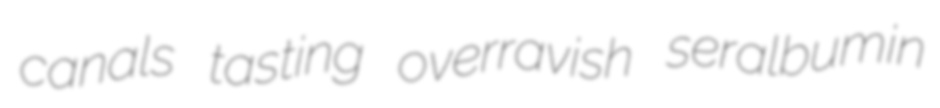
canals tasting overravish seralbumin